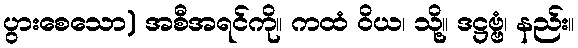
ပွားစေသော) အစီအရင်ကို။ ကထံ ဝိယ၊ သို့။ ဒဋ္ဌဗ္ဗံ၊ နည်း။